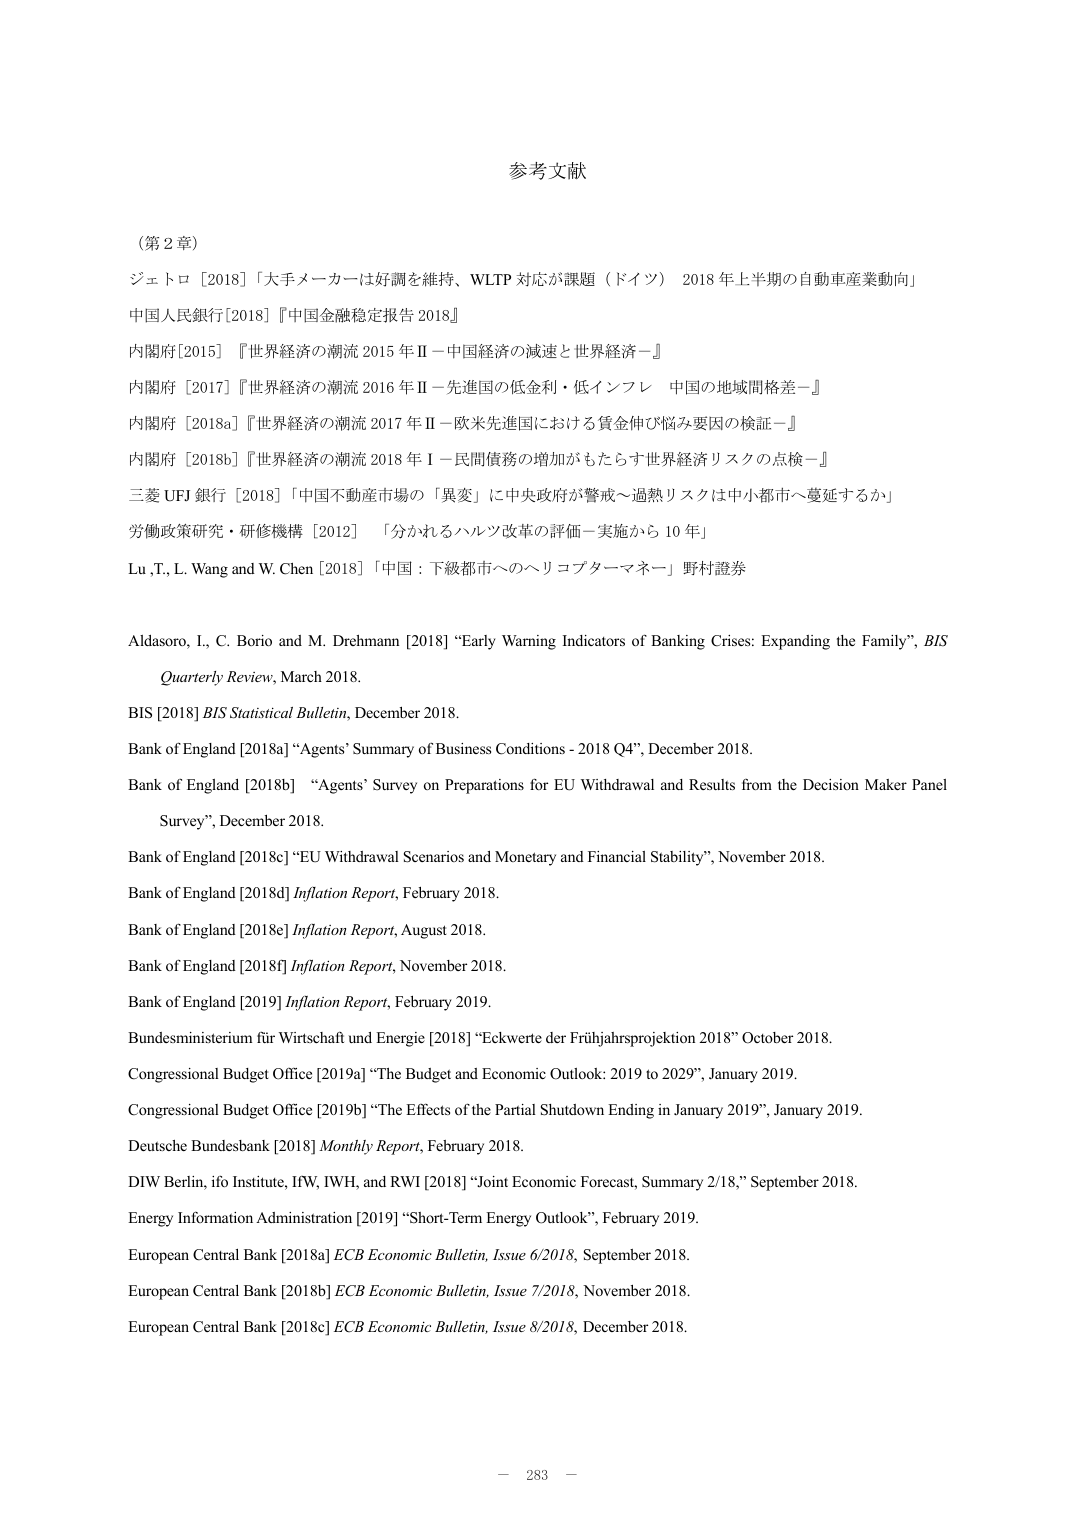
参考文献

（第2章）

ジェトロ［2018］「大手メーカーは好調を維持、WLTP対応が課題（ドイツ） 2018年上半期の自動車産業動向」

中国人民銀行［2018］『中国金融安定報告 2018』

内閣府［2015］『世界経済の潮流 2015年Ⅱ－中国経済の減速と世界経済－』

内閣府［2017］『世界経済の潮流 2016年Ⅱ－先進国の低金利・低インフレ 中国の地域間格差－』

内閣府［2018a］『世界経済の潮流 2017年Ⅱ－欧米先進国における賃金伸び悩み要因の検証－』

内閣府［2018b］『世界経済の潮流 2018年Ⅰ－民間債務の増加がもたらす世界経済リスクの点検－』

三菱UFJ銀行［2018］「中国不動産市場の「異変」に中央政府が警戒～過熱リスクは中小都市へ蔓延するか」

労働政策研究・研修機構［2012］「分かれるハルツ改革の評価－実施から10年」

Lu, T., L. Wang and W. Chen［2018］「中国：下級都市へのヘリコプターマネー」野村證券

Aldasoro, I., C. Borio and M. Drehmann［2018］“Early Warning Indicators of Banking Crises: Expanding the Family”, BIS Quarterly Review, March 2018.

BIS［2018］BIS Statistical Bulletin, December 2018.

Bank of England［2018a］“Agents’ Summary of Business Conditions - 2018 Q4”, December 2018.

Bank of England［2018b］“Agents’ Survey on Preparations for EU Withdrawal and Results from the Decision Maker Panel Survey”, December 2018.

Bank of England［2018c］“EU Withdrawal Scenarios and Monetary and Financial Stability”, November 2018.

Bank of England［2018d］Inflation Report, February 2018.

Bank of England［2018e］Inflation Report, August 2018.

Bank of England［2018f］Inflation Report, November 2018.

Bank of England［2019］Inflation Report, February 2019.

Bundesministerium für Wirtschaft und Energie［2018］“Eckwerte der Frühjahrsprojektion 2018” October 2018.

Congressional Budget Office［2019a］“The Budget and Economic Outlook: 2019 to 2029”, January 2019.

Congressional Budget Office［2019b］“The Effects of the Partial Shutdown Ending in January 2019”, January 2019.

Deutsche Bundesbank［2018］Monthly Report, February 2018.

DIW Berlin, ifo Institute, IFW, IWH, and RWI［2018］“Joint Economic Forecast, Summary 2/18,” September 2018.

Energy Information Administration［2019］“Short-Term Energy Outlook”, February 2019.

European Central Bank［2018a］ECB Economic Bulletin, Issue 6/2018, September 2018.

European Central Bank［2018b］ECB Economic Bulletin, Issue 7/2018, November 2018.

European Central Bank［2018c］ECB Economic Bulletin, Issue 8/2018, December 2018.

－ 283 －